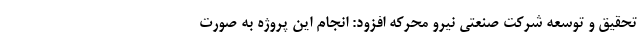
تحقیق و توسعه شرکت صنعتی نیرو محرکه افزود: انجام این پروژه به صورت